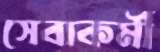
সেবাকর্মী